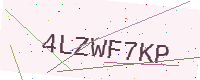
Text: 4LZWF7KP